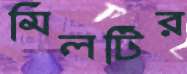
মিলটির